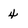
Character: 4